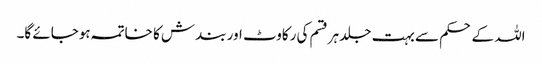
اللہ کے حکم سے بہت جلد ہرقسم کی رکاوٹ اور بندش کا خاتمہ ہوجائے گا۔